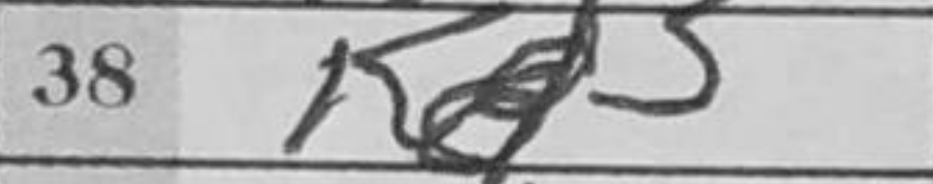
Transcription: Kd3